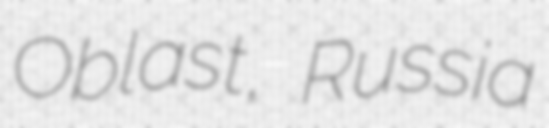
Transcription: Oblast, Russia